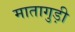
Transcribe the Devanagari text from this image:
मातागुड़ी